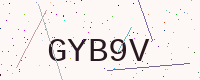
Text: GYB9V